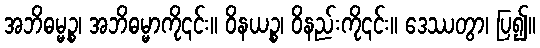
အဘိဓမ္မဉ္စ၊ အဘိဓမ္မာကို၎င်း။ ဝိနယဉ္စ၊ ဝိနည်းကို၎င်း။ ဒေဿတွာ၊ ပြ၍။